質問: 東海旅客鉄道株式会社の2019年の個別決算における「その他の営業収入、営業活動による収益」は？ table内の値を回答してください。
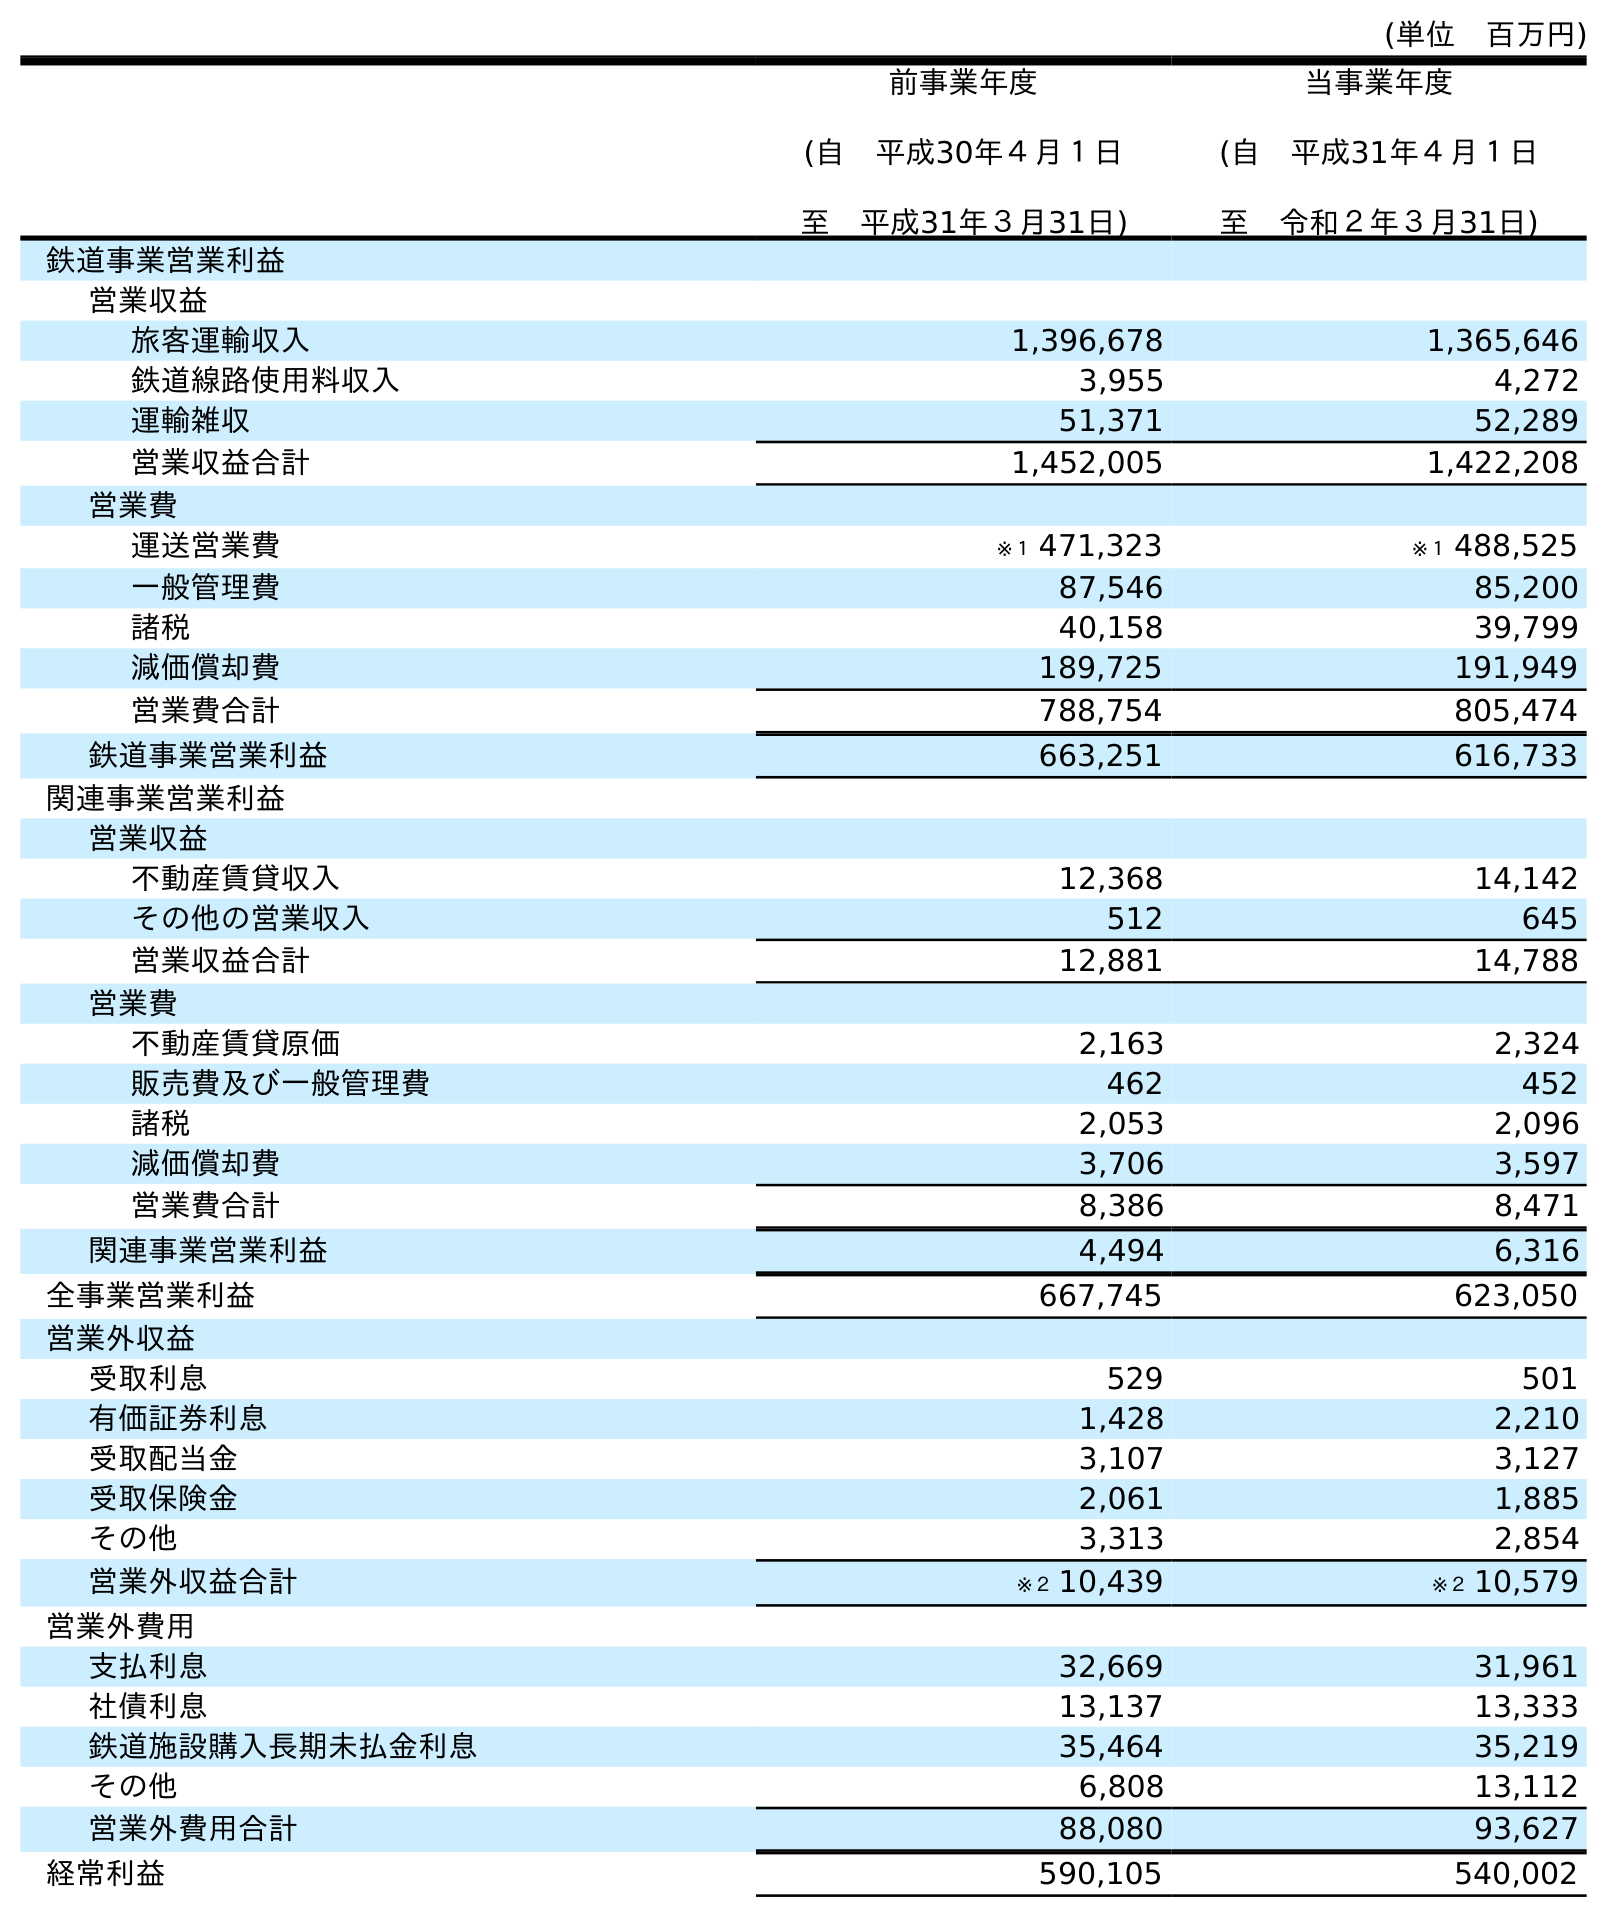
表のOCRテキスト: (単位 百万円) 前事業年度 (自 平成30年４月１日 至 平成31年３月31日) 当事業年度 (自 平成31年４月１日 至 令和２年３月31日) 鉄道事業営業利益 営業収益 旅客運輸収入 1,396,678 1,365,646 鉄道線路使用料収入 3,955 4,272 運輸雑収 51,371 52,289 営業収益合計 1,452,005 1,422,208 営業費 運送営業費 ※１ 471,323 ※１ 488,525 一般管理費 87,546 85,200 諸税 40,158 39,799 減価償却費 189,725 191,949 営業費合計 788,754 805,474 鉄道事業営業利益 663,251 616,733 関連事業営業利益 営業収益 不動産賃貸収入 12,368 14,142 その他の営業収入 512 645 営業収益合計 12,881 14,788 営業費 不動産賃貸原価 2,163 2,324 販売費及び一般管理費 462 452 諸税 2,053 2,096 減価償却費 3,706 3,597 営業費合計 8,386 8,471 関連事業営業利益 4,494 6,316 全事業営業利益 667,745 623,050 営業外収益 受取利息 529 501 有価証券利息 1,428 2,210 受取配当金 3,107 3,127 受取保険金 2,061 1,885 その他 3,313 2,854 営業外収益合計 ※２ 10,439 ※２ 10,579 営業外費用 支払利息 32,669 31,961 社債利息 13,137 13,333 鉄道施設購入長期未払金利息 35,464 35,219 その他 6,808 13,112 営業外費用合計 88,080 93,627 経常利益 590,105 540,002
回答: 512